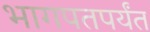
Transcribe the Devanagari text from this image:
भागपतपर्यंत